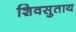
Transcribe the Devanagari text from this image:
शिवसुताय